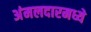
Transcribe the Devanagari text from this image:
अंमलदारमध्ये